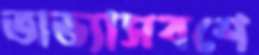
অভ্যাসবশে